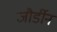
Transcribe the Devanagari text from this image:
जौर्डीन